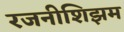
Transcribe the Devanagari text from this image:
रजनीशिझम